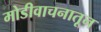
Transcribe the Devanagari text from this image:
मोडीवाचनातून